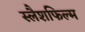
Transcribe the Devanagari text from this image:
स्लैशफिल्म